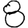
Digit: 8